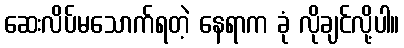
ဆေးလိပ်မသောက်ရတဲ့ နေရာက ခုံ လိုချင်လို့ပါ။